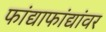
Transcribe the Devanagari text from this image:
फांद्याफांद्यांवर